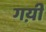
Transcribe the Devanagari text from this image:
गय़ी